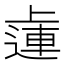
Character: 𨕭